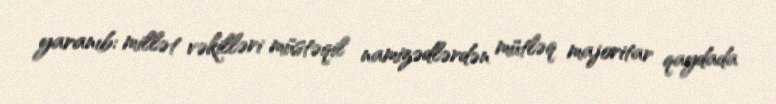
yaranıb: millət vəkilləri müstəqil namizədlərdən mütləq majoritar qaydada